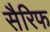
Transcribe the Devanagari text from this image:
सैरिफ